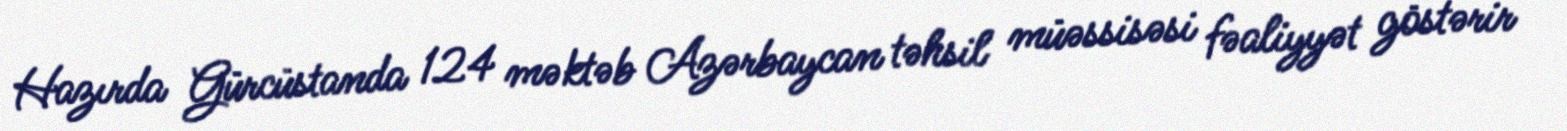
Hazırda Gürcüstanda 124 məktəb Azərbaycan təhsil müəssisəsi fəaliyyət göstərir